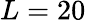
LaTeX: L=20